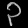
Digit: ၃